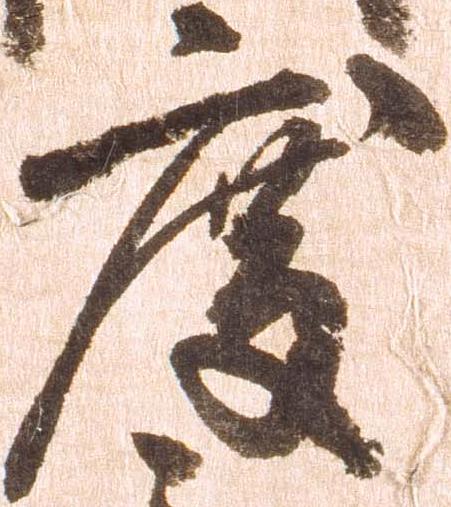
度